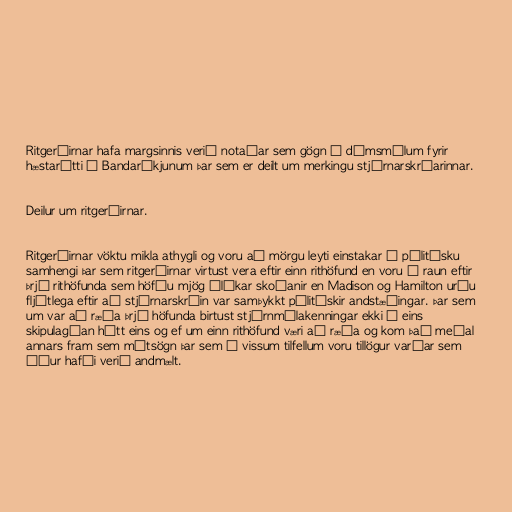
Ritgerðirnar hafa margsinnis verið notaðar sem gögn í dómsmálum fyrir
hæstarétti í Bandaríkjunum þar sem er deilt um merkingu stjórnarskráarinnar.

Deilur um ritgerðirnar.

Ritgerðirnar vöktu mikla athygli og voru að mörgu leyti einstakar í pólitísku
samhengi þar sem ritgerðirnar virtust vera eftir einn rithöfund en voru í raun eftir
þrjá rithöfunda sem höfðu mjög ólíkar skoðanir en Madison og Hamilton urðu
fljótlega eftir að stjórnarskráin var samþykkt pólitískir andstæðingar. Þar sem
um var að ræða þrjá höfunda birtust stjórnmálakenningar ekki á eins
skipulagðan hátt eins og ef um einn rithöfund væri að ræða og kom það meðal
annars fram sem mótsögn þar sem í vissum tilfellum voru tillögur varðar sem
áður hafði verið andmælt.